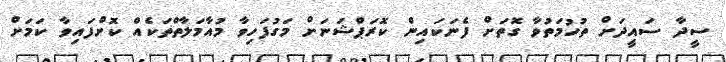
ސީދާ ސައީދަށް ތުހުމަތުވާ ގޮތަށް ފެނަކައިން ކޮރަޕްޝަނަށް މަގުފަހިވާ މުއާމަލާތްތަކެއް ކޮށްފައިވާ ކަމަށް